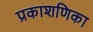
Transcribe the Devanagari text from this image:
प्रकाशणिका